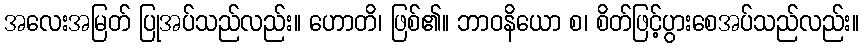
အလေးအမြတ် ပြုအပ်သည်လည်း။ ဟောတိ၊ ဖြစ်၏။ ဘာဝနိယော စ၊ စိတ်ဖြင့်ပွားစေအပ်သည်လည်း။